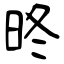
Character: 昸